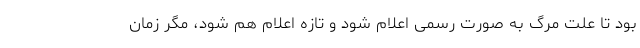
بود تا علت مرگ به صورت رسمی اعلام شود و تازه اعلام هم شود، مگر زمان